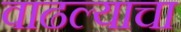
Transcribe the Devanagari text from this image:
वाढल्याचा